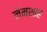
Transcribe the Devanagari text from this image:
नेमशाह